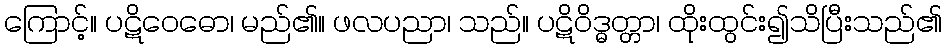
ကြောင့်။ ပဋိဝေဓော၊ မည်၏။ ဖလပညာ၊ သည်။ ပဋိဝိဒ္ဓတ္တာ၊ ထိုးထွင်း၍သိပြီးသည်၏